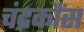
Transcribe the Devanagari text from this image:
चंद्रकौंस